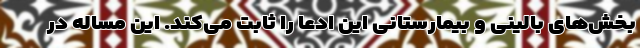
بخش‌های بالینی و بیمارستانی این ادعا را ثابت می‌کند. این مساله در